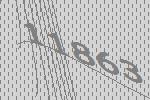
11863